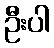
ဦးပါ